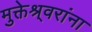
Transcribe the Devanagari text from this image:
मुक्तेश्र्वरांना